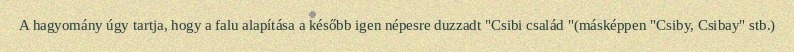
A hagyomány úgy tartja, hogy a falu alapítása a később igen népesre duzzadt "Csibi család "(másképpen "Csiby, Csibay" stb.)